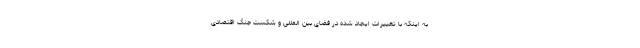
به اینکه با تغییرات ایجاد شده در فضای بین المللی و شکست جنگ اقتصادی